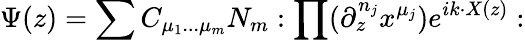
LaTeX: \Psi(z)=\sum C_{\mu_{1}...\mu_{m}}N_{m}:\prod(\partial_{z}^{n_{j}}x^{\mu_{j}})e^{ik\cdot X(z)}: